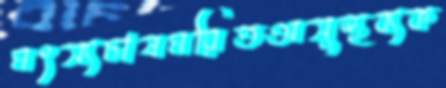
মৎস্যচাষমরিতঅসুস্থব্যক